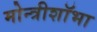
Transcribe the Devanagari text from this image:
मोन्त्रीशाॅभा